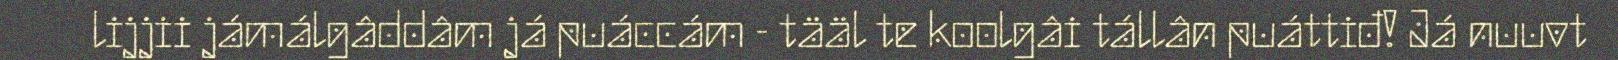
lijjii jámálgâddâm já puáccám - tääl te koolgâi tállân puáttiđ! Já nuuvt